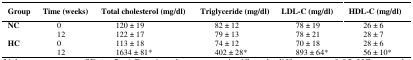
<table><thead><tr><td><b>Group</b></td><td><b>Time (weeks)</b></td><td><b>Total cholesterol (mg/dl)</b></td><td><b>Triglyceride (mg/dl)</b></td><td><b>LDL-C (mg/dl)</b></td><td><b>HDL-C (mg/dl)</b></td></tr></thead><tbody><tr><td><b>NC</b></td><td>0</td><td>120 ± 19</td><td>82 ± 12</td><td>78 ± 19</td><td>26 ± 6</td></tr><tr><td></td><td>12</td><td>122 ± 17</td><td>79 ± 13</td><td>78 ± 21</td><td>28 ± 7</td></tr><tr><td><b>HC</b></td><td>0</td><td>113 ± 18</td><td>74 ± 12</td><td>70 ± 18</td><td>28 ± 6</td></tr><tr><td></td><td>12</td><td>1634 ± 81*</td><td>402 ± 28*</td><td>893 ± 64*</td><td>56 ± 10*</td></tr></tbody></table>